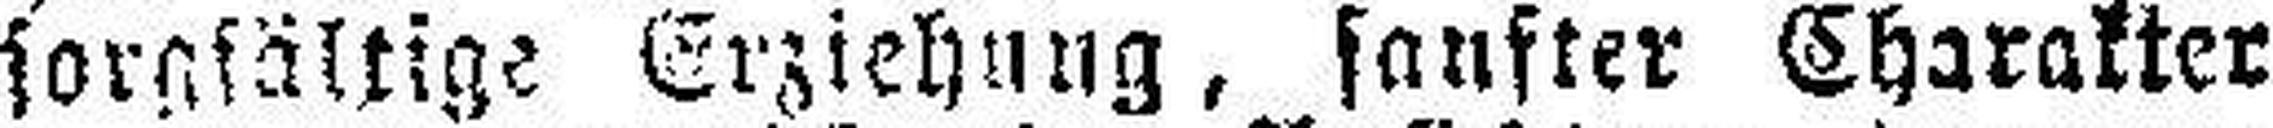
sorgfältige Erziehung, sanfter Charakter